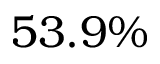
5 3 . 9 \%